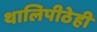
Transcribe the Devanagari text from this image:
थालिपीठेही